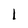
Character: l